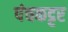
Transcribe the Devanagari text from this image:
पंचकट्टर